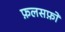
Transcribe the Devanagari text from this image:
फ़लसफ़ों